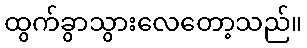
ထွက်ခွာသွားလေတော့သည်။